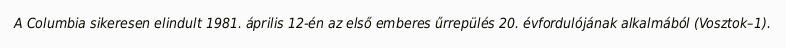
A Columbia sikeresen elindult 1981. április 12-én az első emberes űrrepülés 20. évfordulójának alkalmából (Vosztok–1).